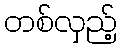
တစ်လှည့်